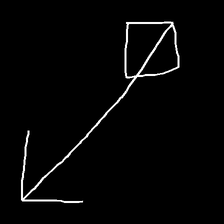
Glyph: focus